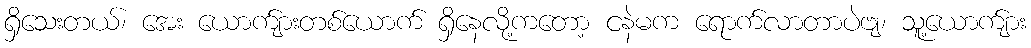
ရှိသေးတယ်၊ အေး ယောက်ျားတစ်ယောက် ရှိနေလို့ကတော့ ငနဲမက ရောက်လာတာပဲဗျ၊ သူ့ယောက်ျား